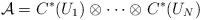
LaTeX: \begin{align*}\mathcal{A}=C^*(U_1)\otimes_{}\cdots\otimes_{} C^*(U_N)\end{align*}